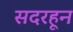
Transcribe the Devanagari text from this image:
सदरहून